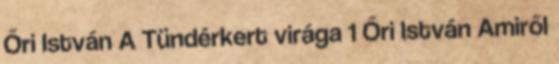
Őri István A Tündérkert virága 1 Őri István Amiről